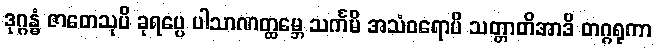
ဒုဂ္ဂန္ဓံ ဇာတေသုပိ ခုရပ္ပေ ပါသာဏတ္ထမ္ဘေ သင်္ကမိ အသံဝရောပိ သတ္တာတိအာဒိ တဂ္ဂရုကာ